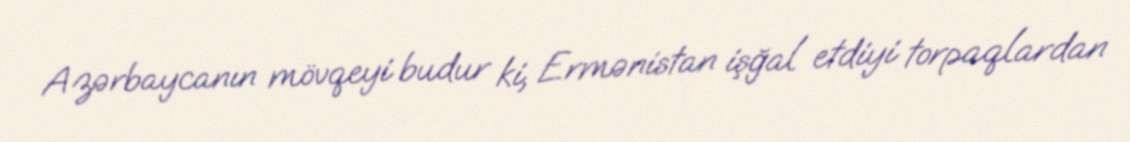
Azərbaycanın mövqeyi budur ki, Ermənistan işğal etdiyi torpaqlardan